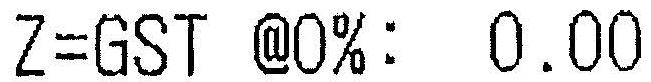
Z=GST @0%: 0.00